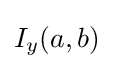
I_{y}\,\!(a,b)